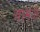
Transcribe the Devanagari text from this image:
नामज़